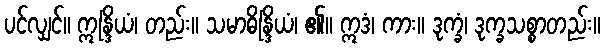
ပင်လျှင်။ ဣန္ဒြိယံ၊ တည်း။ သမာဓိန္ဒြိယံ၊ ၏။ ဣဒံ၊ ကား။ ဒုက္ခံ၊ ဒုက္ခသစ္စာတည်း။